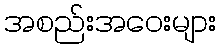
အစည်းအဝေးများ